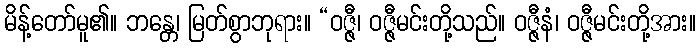
မိန့်တော်မူ၏။ ဘန္တေ၊ မြတ်စွာဘုရား။ “ဝဇ္ဇီ၊ ဝဇ္ဇီမင်းတို့သည်။ ဝဇ္ဇီနံ၊ ဝဇ္ဇီမင်းတို့အား။